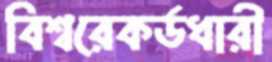
বিশ্বরেকর্ডধারী